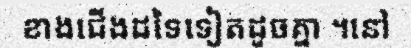
ខាងជើងដទៃទៀតដូចគ្នា ។នៅ